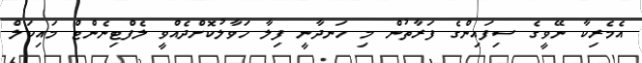
އެމެރިކާ ނޭވީގެ ސިފައިންގެ ފަރާތުން މި ހަނދާނީ ފިލާ ހަވާލުކޮށްދެއްވީ ލެފްޓިނެންޓް މައިކަލް